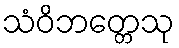
သံဝိဘတ္တေသု